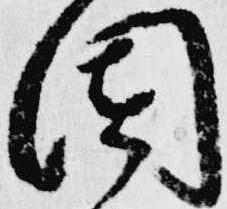
園